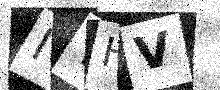
Text: ITHV